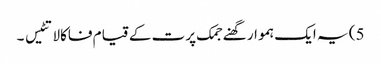
5) یہ ایک ہموار گھنے جمک پرت کے قیام فاکالاتٹیس ۔